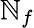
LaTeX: \mathbb{N}_{f}